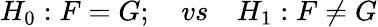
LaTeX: H_{0}:F=G;\quad vs\quad H_{1}:F\neq G